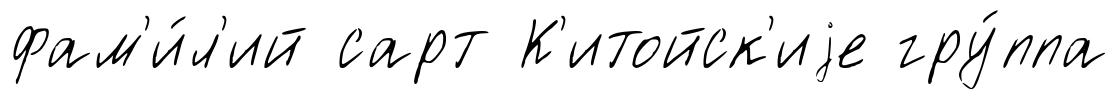
фам'и́л'ий сарт К'итойск'иjе гру́ппа